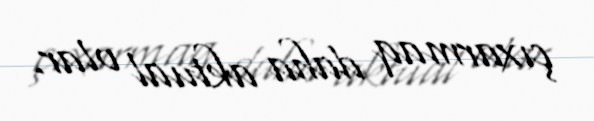
çıxarmaq daha aktual olar.